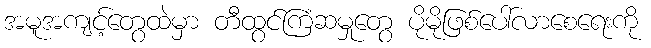
အမူအကျင့်တွေထဲမှာ တီထွင်ကြံဆမှုတွေ ပိုမိုဖြစ်ပေါ်လာစေရေးကို